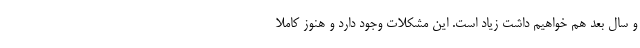
و سال بعد هم خواهیم داشت زیاد است. این مشکلات وجود دارد و هنوز کاملا